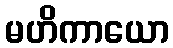
မဟိကာယော